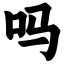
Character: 吗